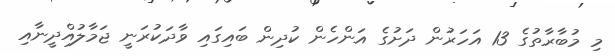
މި މުބާރާތުގެ 13 އަހަރުން ދަށުގެ އަންހެން ކުދިން ބައިގައި ވާދަކުރަނީ ޖަމާލުއްދީނާއި